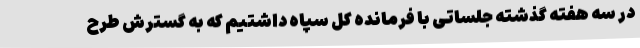
در سه هفته گذشته جلساتی با فرمانده کل سپاه داشتیم که به گسترش طرح